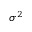
\sigma ^ { 2 }